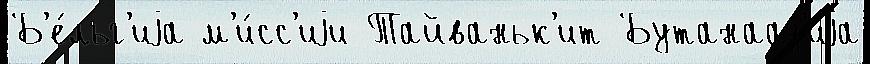
Б'е́льг'иjа м'и́сс'иjи Тайваньк'ит Бутанааз'иjа